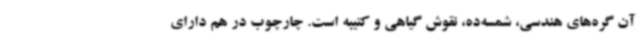
آن گره‌های هندسی، شمسه‌ده، نقوش گیاهی و کتیبه است. چارچوب در هم دارای